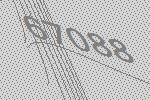
67088